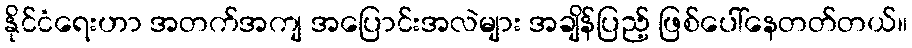
နိုင်ငံရေးဟာ အတက်အကျ အပြောင်းအလဲများ အချိန်ပြည့် ဖြစ်ပေါ်နေတတ်တယ်။